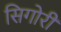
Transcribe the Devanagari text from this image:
सिगोरी